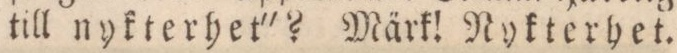
till nykterhet'? Märk! Nykterhet.